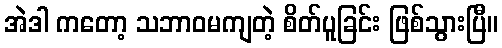
အဲဒါ ကတော့ သဘာဝမကျတဲ့ စိတ်ပူခြင်း ဖြစ်သွားပြီ။